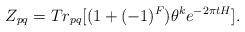
LaTeX: \begin{align*}Z_{pq}=Tr_{pq}[(1 + (-1)^F)\theta^ke^{-2\pi t H}].\end{align*}